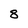
Character: 8